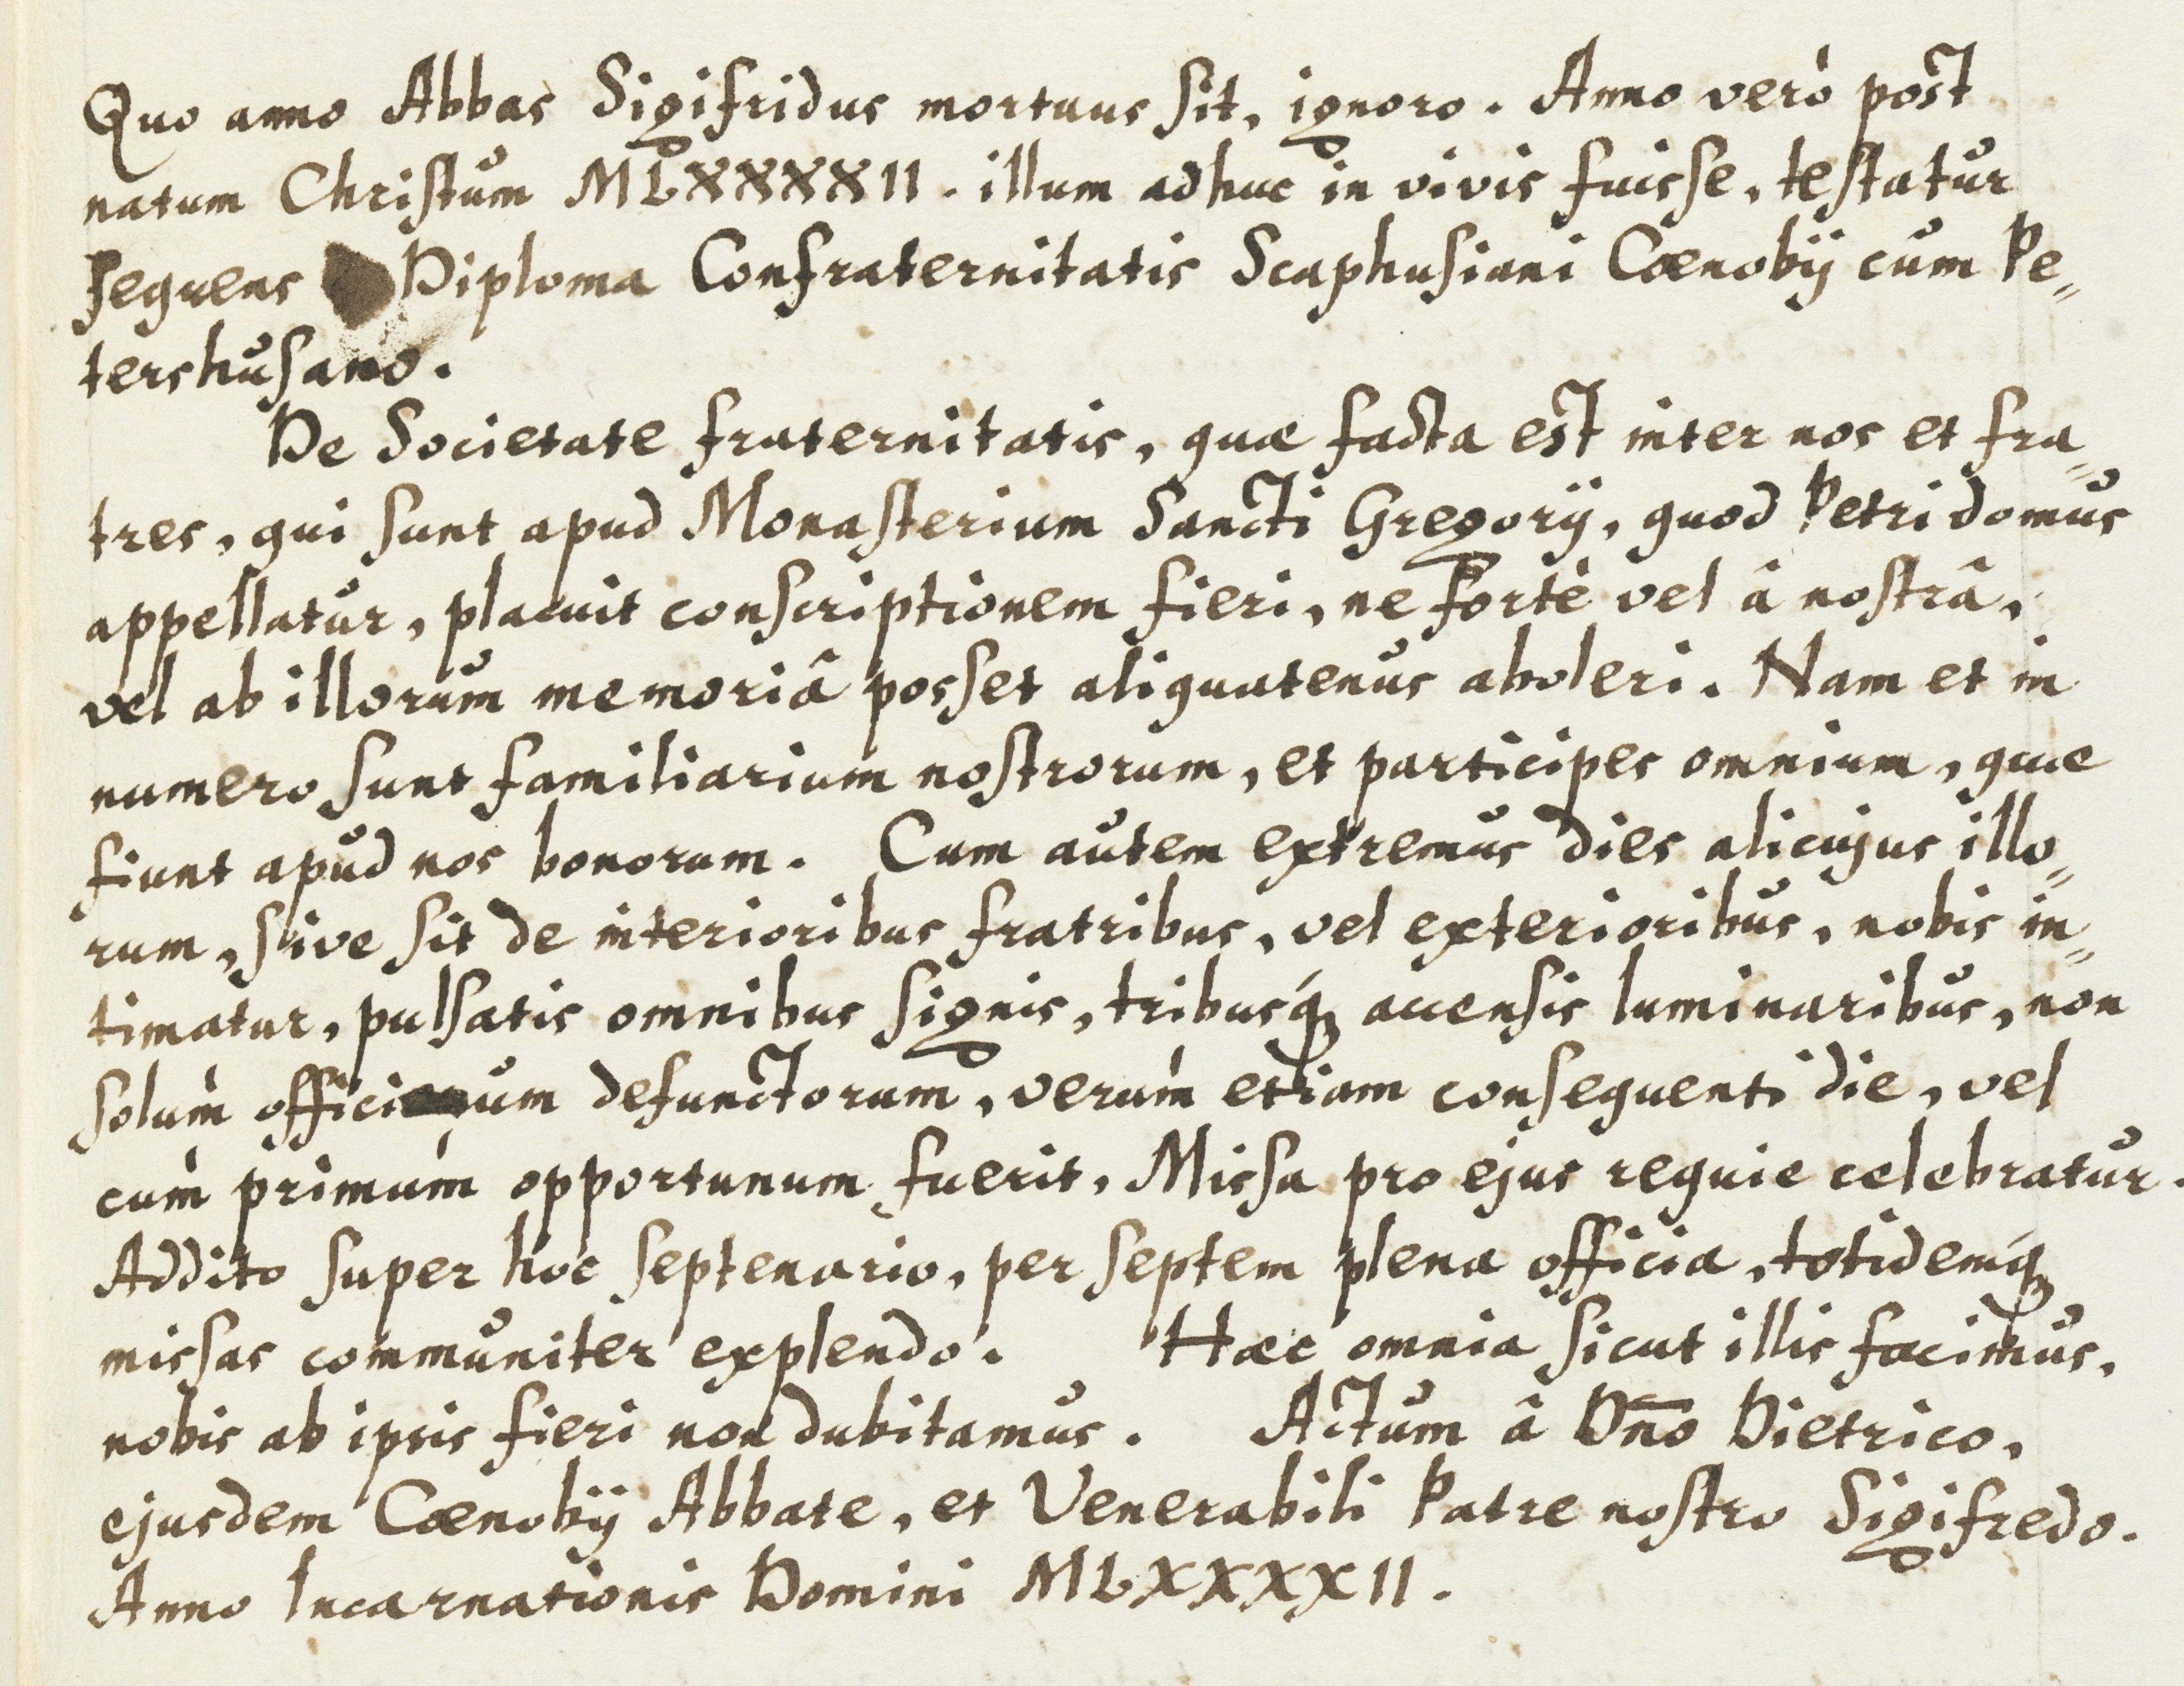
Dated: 1614–1638